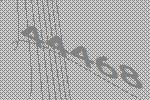
44468